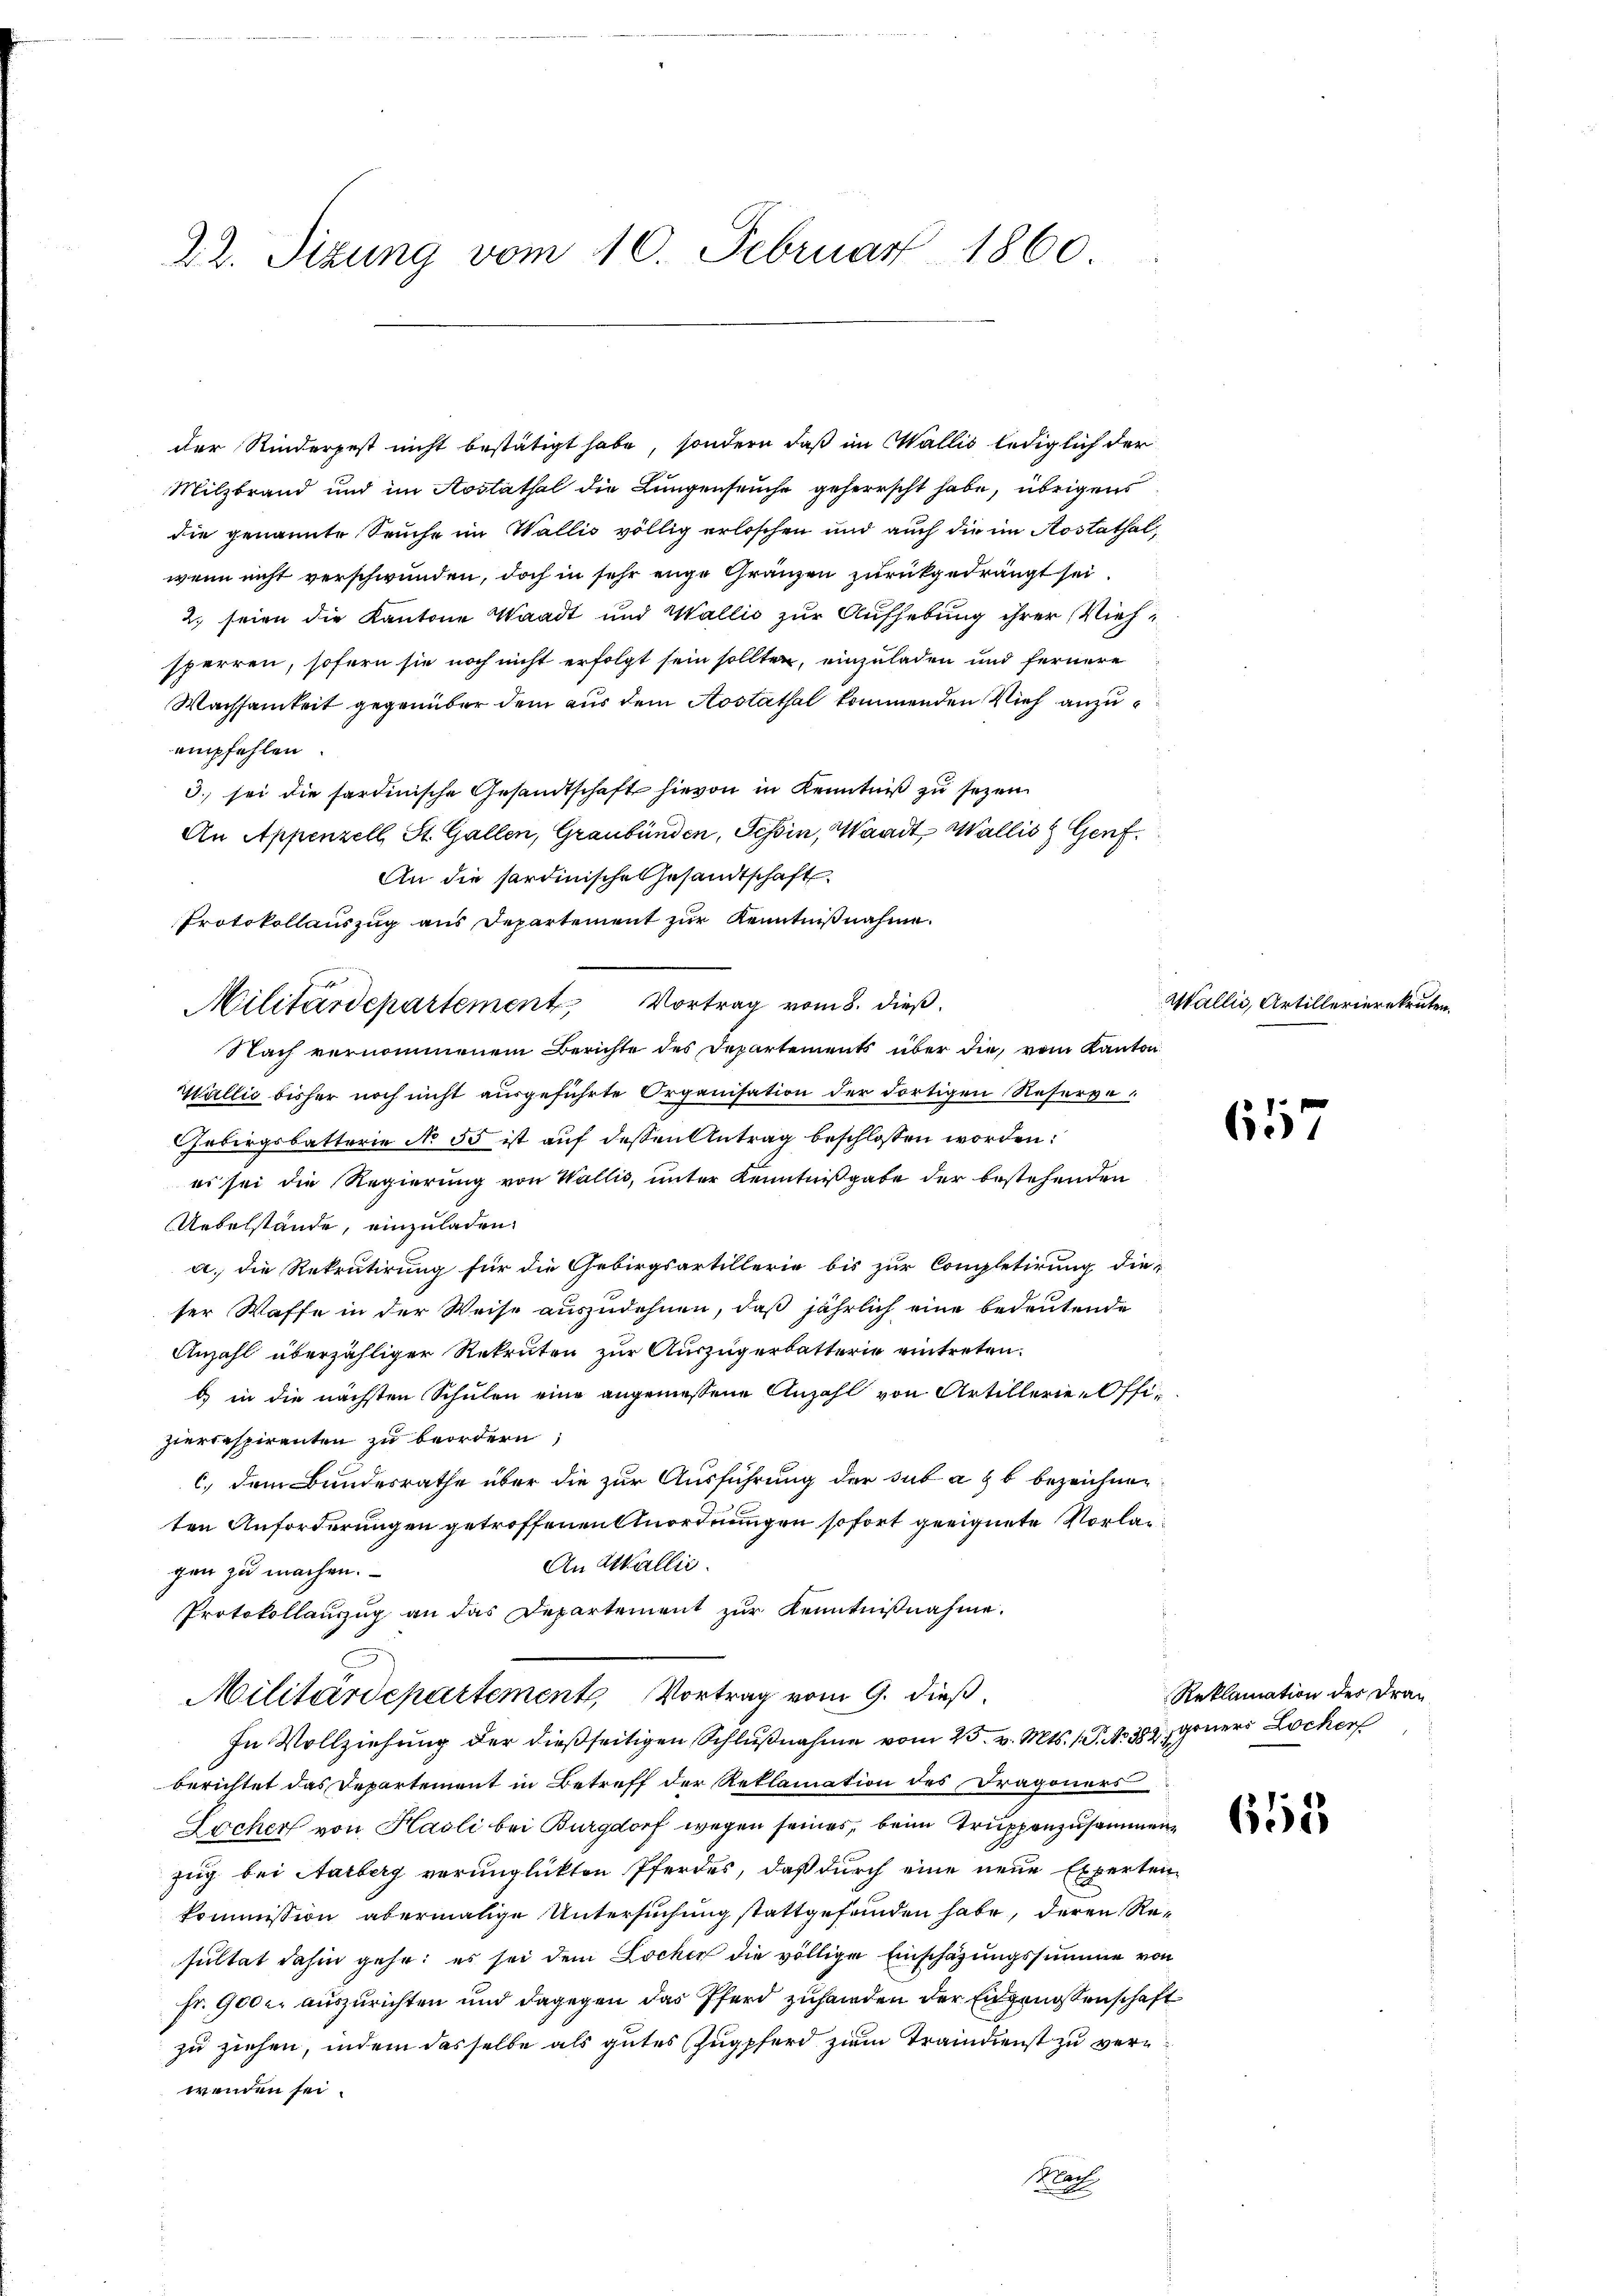
22. Sizung vom 10. Februar 1860

der Kinderpest nicht bestätigt habe, sondern daß im Wallis lediglich der
Milzbrand und im Aostathal die Lungenseuche geherrscht habe, übrigens
die genannte Seuche im Wallis völlig erloschen und auch die im Kostathalwenn nicht verschwunden, doch in sehr enge Gränzen zurückgedrängt sei
2. seien die Kantone Waadt und Wallis zur Aufhebung ihrer Viehsperren, sofern sie noch nicht erfolgt sein sollten, einzuladen und fernere
Wachsamkeit gegenüber dem aus dem Aostathal kommenden Vieh anzuempfehlen.
3. sei die sardinische Gesandtschaft hievon in Kenntniß zu sezen.
An Appenzell St. Gallen, Graubünden, Tessin, Waadt, Wallis Genf.
An die Sardinische Gesandtschaft
Protokollauszug aus Departement zur Kenntnißnahme.
Militärdepartement Vortrag vom 8. dieß.
Nach vernommenem Berichte des Departements über die, vom Kanton
Wallić bisher noch nicht ausgeführte Organisation der dortigen Reserge
Gebirgsbatterie No 55 ist auf dessen Antrag beschlossen worden:
es sei die Regierung von Wallis, unter Kenntnißgabe der bestehenden
Uebelstände, einzuladen.
a. die Rekrutirung für die Gebirgsartillerie bis zur Completirung die-
ser Waffe in der Weise auszudehnen, daß jährlich eine bedeutende
Anzahl überzähliger Rekruten zur Auszügerbatterie eintreten.
b) in die nächsten Schulen eine angemessene Anzahl von Artillerie-Offi¬
2
ziercespiranten zu beordern
c. dem Bundesrathe über die zur Ausführung der sub a & b. bezeichnen
ten Anforderungen getroffenen Anordnungen sofort geeignete Vorlag
An Wallis.
gen zu machen.
Protokollauszug an das Departement zŭr Kenntnißnahme.
Militärdepartement, Vortrag vom 9. dieß
In Vollziehung der dießseitigen Schlußnahme vom 25. v. Mts. 1. P. No 389 gener Locher
berichtet das Departement in Betreff der Reklamation des Dragoners
Locher von Hasli bei Burgdorf wegen seines, beim Truppenzusammen
zug bei Aarberg verunglückten Pferdes, daß durch eine neue Experten-
kommission abermalige Untersuchung stattgefunden habe, deren Resultat dahin gehe; es sei dem Locher die völlige Einschazungssumme von
fr. 9000. auszurichten und dagegen das Pferd zuhanden der Engenossenschaft
zu ziehen, indem dasselbe als gutes Zugpferd zum Traindienst zu verwenden sei.
Nach

Wallis, Artillerierekruten.

657

Reklamation der Dra¬

618